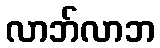
လာဘ်လာဘ